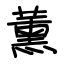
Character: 薰